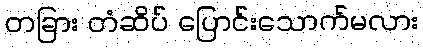
တခြား တံဆိပ် ပြောင်းသောက်မလား